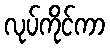
လုပ်ကိုင်ကာ